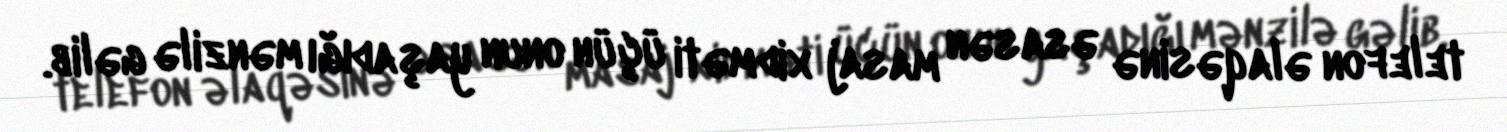
telefon əlaqəsinə əsasən masaj xidməti üçün onun yaşadığı mənzilə gəlib.